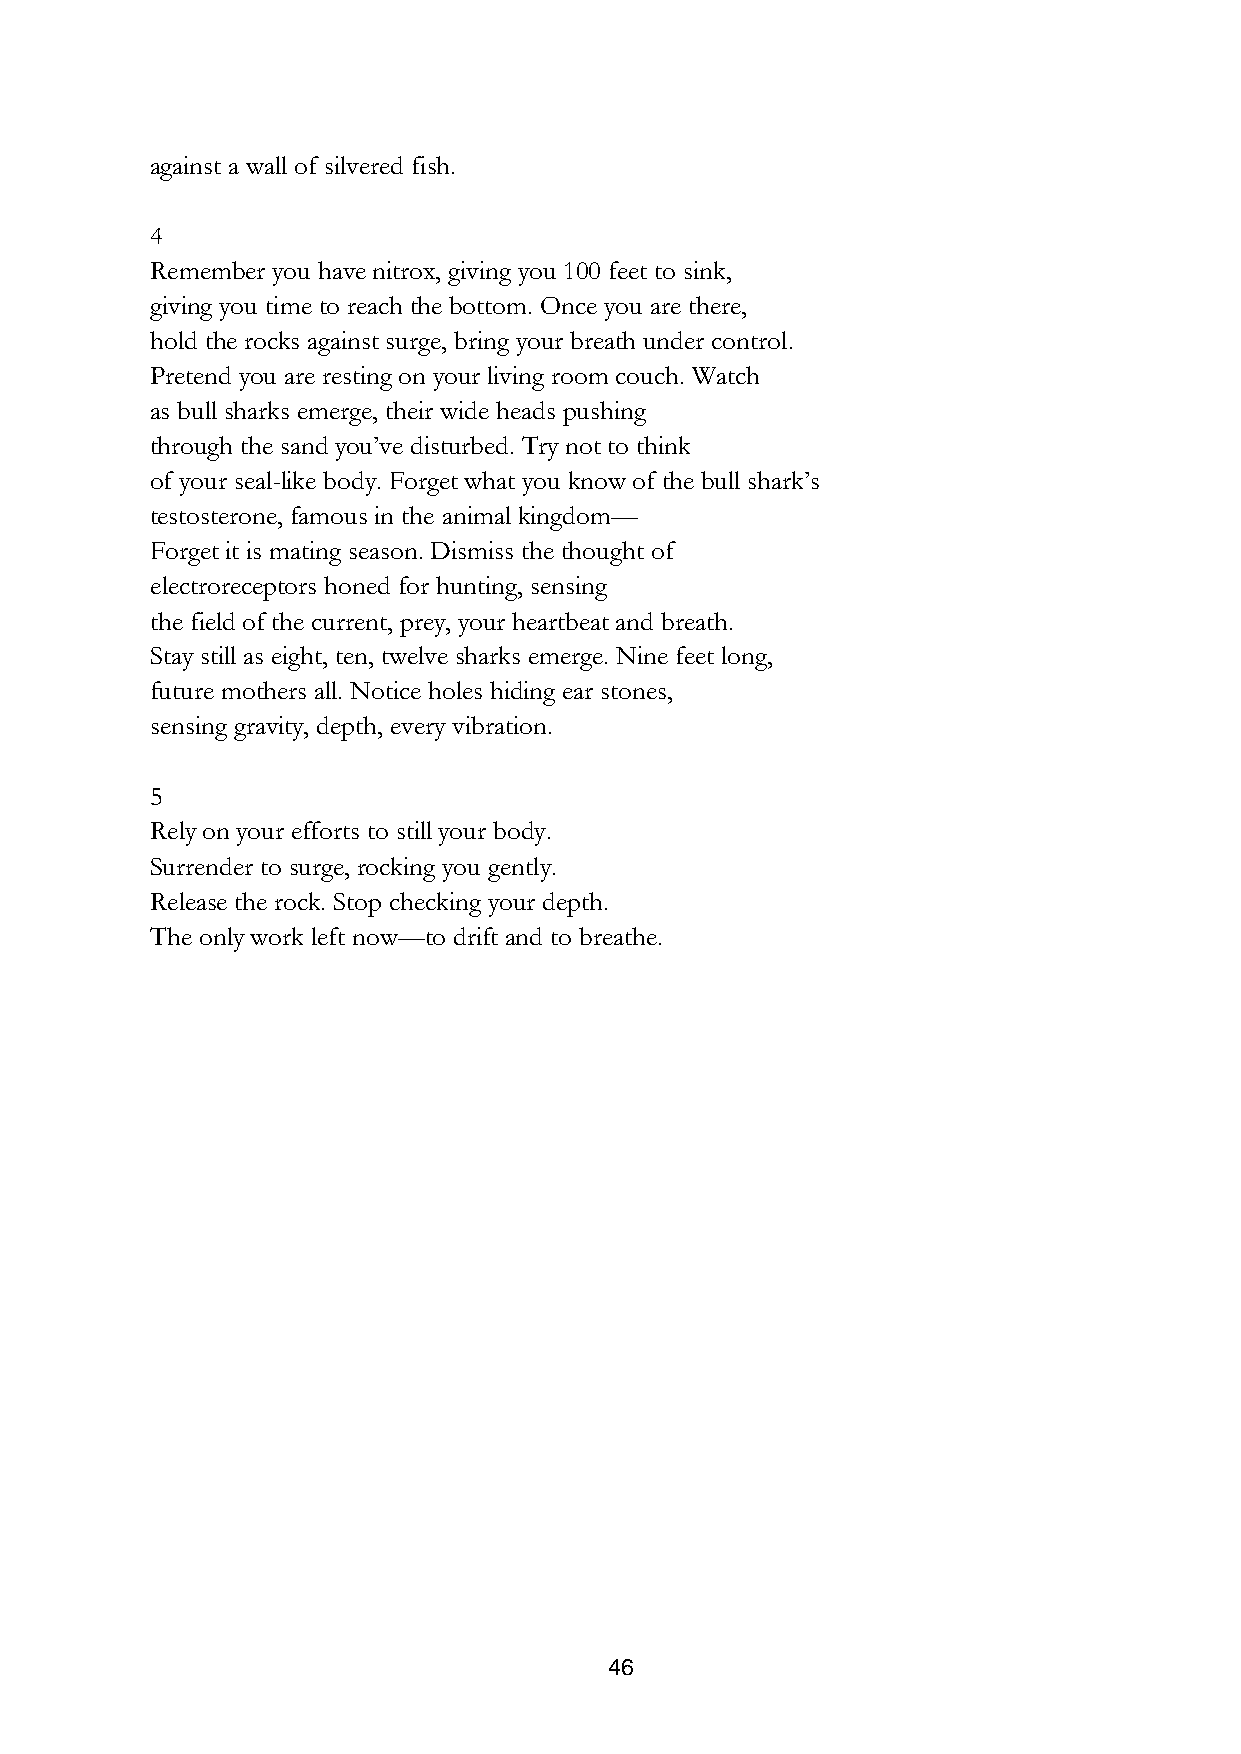
against a wall of silvered fish.
 4
 Remember you have nitrox, giving you 100 feet to sink,
 giving you time to reach the bottom. Once you are there,
 hold the rocks against surge, bring your breath under control.
 Pretend you are resting on your living room couch. Watch
 as bull sharks emerge, their wide heads pushing
 through the sand you’ve disturbed. Try not to think
 of your seal-like body. Forget what you know of the bull shark’s
 testosterone, famous in the animal kingdom—
 Forget it is mating season. Dismiss the thought of
 electroreceptors honed for hunting, sensing
 the field of the current, prey, your heartbeat and breath.
 Stay still as eight, ten, twelve sharks emerge. Nine feet long,
 future mothers all. Notice holes hiding ear stones,
 sensing gravity, depth, every vibration.
 5
 Rely on your efforts to still your body.
 Surrender to surge, rocking you gently.
 Release the rock. Stop checking your depth.
 The only work left now—to drift and to breathe.
 46